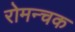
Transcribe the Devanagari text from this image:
रोमन्चक